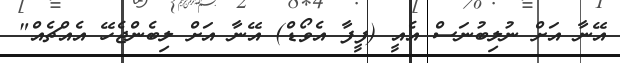
އޭނާ އަށް ނުލިބުނަސް އެއީ (ފީފާ އެވޯޑް) އޭނާ އަށް ލިބެންޖެހޭ އެއްޗެއް"